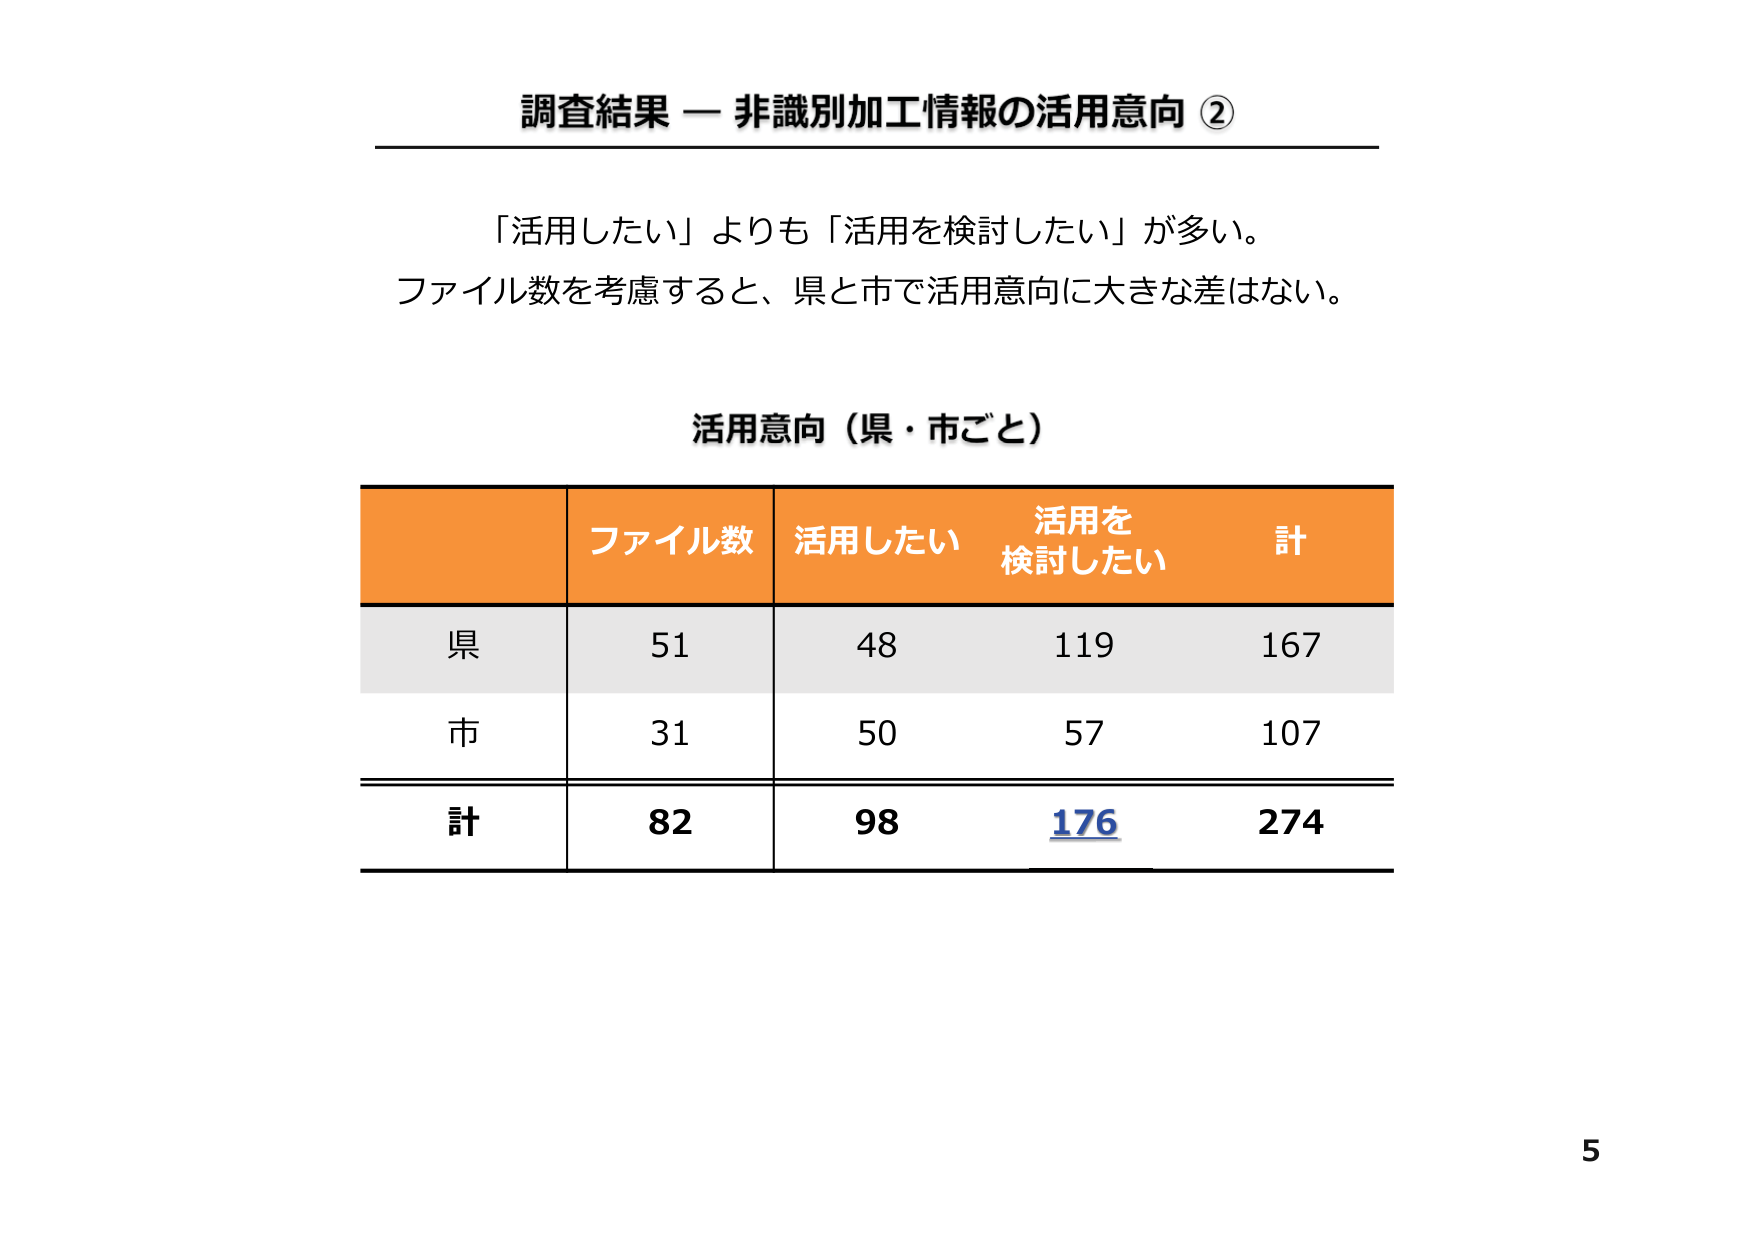
調査結果 — 非識別加工情報の活用意向 ②

「活用したい」よりも「活用を検討したい」が多い。
ファイル数を考慮すると、県と市で活用意向に大きな差はない。

活用意向（県・市ごと）

ファイル数 活用したい 活用を検討したい 計
県 51 48 119 167
市 31 50 57 107
計 82 98 176 274

5